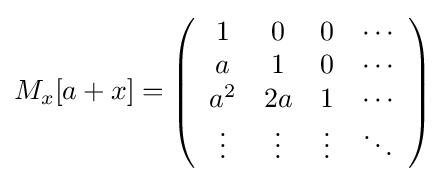
M_{x}[a+x]=\left({\begin{array}{cccc}1&0&0&\cdots \\a&1&0&\cdots \\a^{2}&2a&1&\cdots \\\vdots &\vdots &\vdots &\ddots \end{array}}\right)